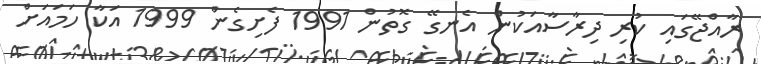
ރާއްޖޭގައި ކުރި ދިރާސާއަކުން އެނގޭ ގޮތުން 1991 ފެށިގެން 1999 އަކާ ހަމައަށް